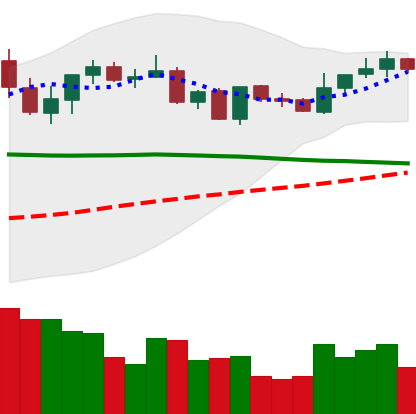
Ticker: XRP-USD
Chart end date: 2021-09-04
Forward return: -13.249%
Label: down_7plus